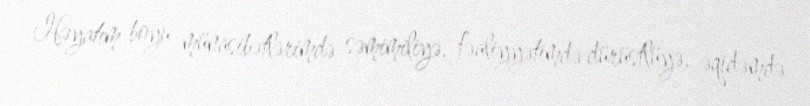
Həyatım boyu münasibətlərimdə səmimiliyə, fəaliyyətimdə dürüstlüyə, əqidəmdə